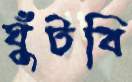
ঘুঁটবি